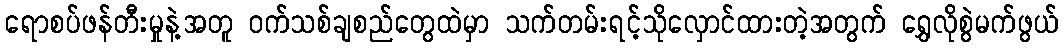
ရောစပ်ဖန်တီးမှုနဲ့အတူ ဝက်သစ်ချစည်တွေထဲမှာ သက်တမ်းရင့်သိုလှောင်ထားတဲ့အတွက် ရွှေလိုစွဲမက်ဖွယ်